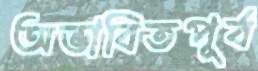
অভাবিতপূর্ব